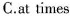
C.at times